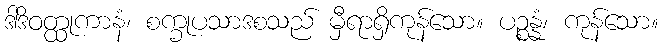
ဒါဒိဝတ္ထုကာနံ၊ စက္ခုပသာဒစသည် မှီရာရှိကုန်သော။ ပဉ္စန္နံ၊ ကုန်သော။